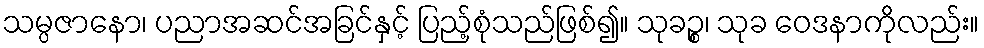
သမ္ပဇာနော၊ ပညာအဆင်အခြင်နှင့် ပြည့်စုံသည်ဖြစ်၍။ သုခဉ္စ၊ သုခ ဝေဒနာကိုလည်း။